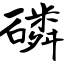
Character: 磷